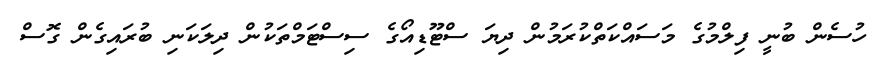
ހުސެން ބުނީ ފިލްމުގެ މަސައްކަތްކުރަމުން ދިޔަ ސްޓޫޑިއޯގެ ސިސްޓަމްތަކުން ދިލަކަނި ބުރައިގެން ގޮސް